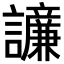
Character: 𫍓